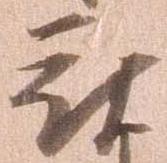
被